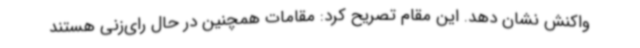
واکنش نشان دهد. این مقام تصریح کرد: مقامات همچنین در حال رای‌زنی هستند